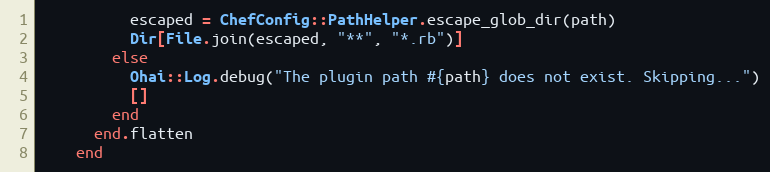
Language: Ruby
          escaped = ChefConfig::PathHelper.escape_glob_dir(path)
          Dir[File.join(escaped, "**", "*.rb")]
        else
          Ohai::Log.debug("The plugin path #{path} does not exist. Skipping...")
          []
        end
      end.flatten
    end